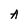
Character: A